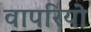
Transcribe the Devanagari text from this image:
वापरियो